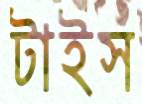
টাইস